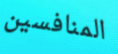
المنافسين